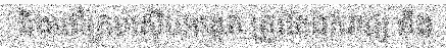
និងចៅក្រមស៊ើបអង្កេត ត្រូវតែឯករាជ្យ និង